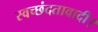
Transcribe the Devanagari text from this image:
स्वच्छंदतावादी।